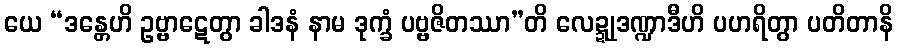
ယေ “ဒန္တေဟိ ဥဗ္ဗာဋေတွာ ခါဒနံ နာမ ဒုက္ခံ ပဗ္ဗဇိတဿာ”တိ လေဍ္ဍုဒဏ္ဍာဒီဟိ ပဟရိတွာ ပတိတာနိ